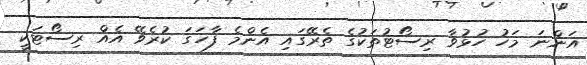
އަންނަ މަހު ހުޅުވާ ރިސޯޓުތަކުގެ ތެރޭގައި އެންމެ ފާހަގަ ކުރެވޭ އެއް ރިސޯޓަކީ